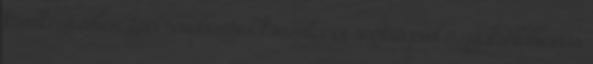
következő évben Laci rendszeres konzultációi segítségével a gyakorlatban is